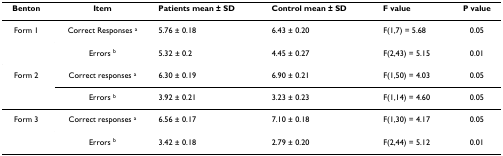
<table><thead><tr><td><b>Benton</b></td><td><b>Item</b></td><td><b>Patients mean ± SD</b></td><td><b>Control mean ± SD</b></td><td><b>F value</b></td><td><b>P value</b></td></tr></thead><tbody><tr><td>Form 1</td><td>Correct Responses <sup>a</sup></td><td>5.76 ± 0.18</td><td>6.43 ± 0.20</td><td>F(1,7) = 5.68</td><td>0.05</td></tr><tr><td></td><td>Errors <sup>b</sup></td><td>5.32 ± 0.2</td><td>4.45 ± 0.27</td><td>F(2,43) = 5.15</td><td>0.01</td></tr><tr><td>Form 2</td><td>Correct responses <sup>a</sup></td><td>6.30 ± 0.19</td><td>6.90 ± 0.21</td><td>F(1,50) = 4.03</td><td>0.05</td></tr><tr><td></td><td>Errors <sup>b</sup></td><td>3.92 ± 0.21</td><td>3.23 ± 0.23</td><td>F(1,14) = 4.60</td><td>0.05</td></tr><tr><td>Form 3</td><td>Correct responses <sup>a</sup></td><td>6.56 ± 0.17</td><td>7.10 ± 0.18</td><td>F(1,30) = 4.17</td><td>0.05</td></tr><tr><td></td><td>Errors <sup>b</sup></td><td>3.42 ± 0.18</td><td>2.79 ± 0.20</td><td>F(2,44) = 5.12</td><td>0.01</td></tr></tbody></table>